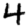
Digit: 4